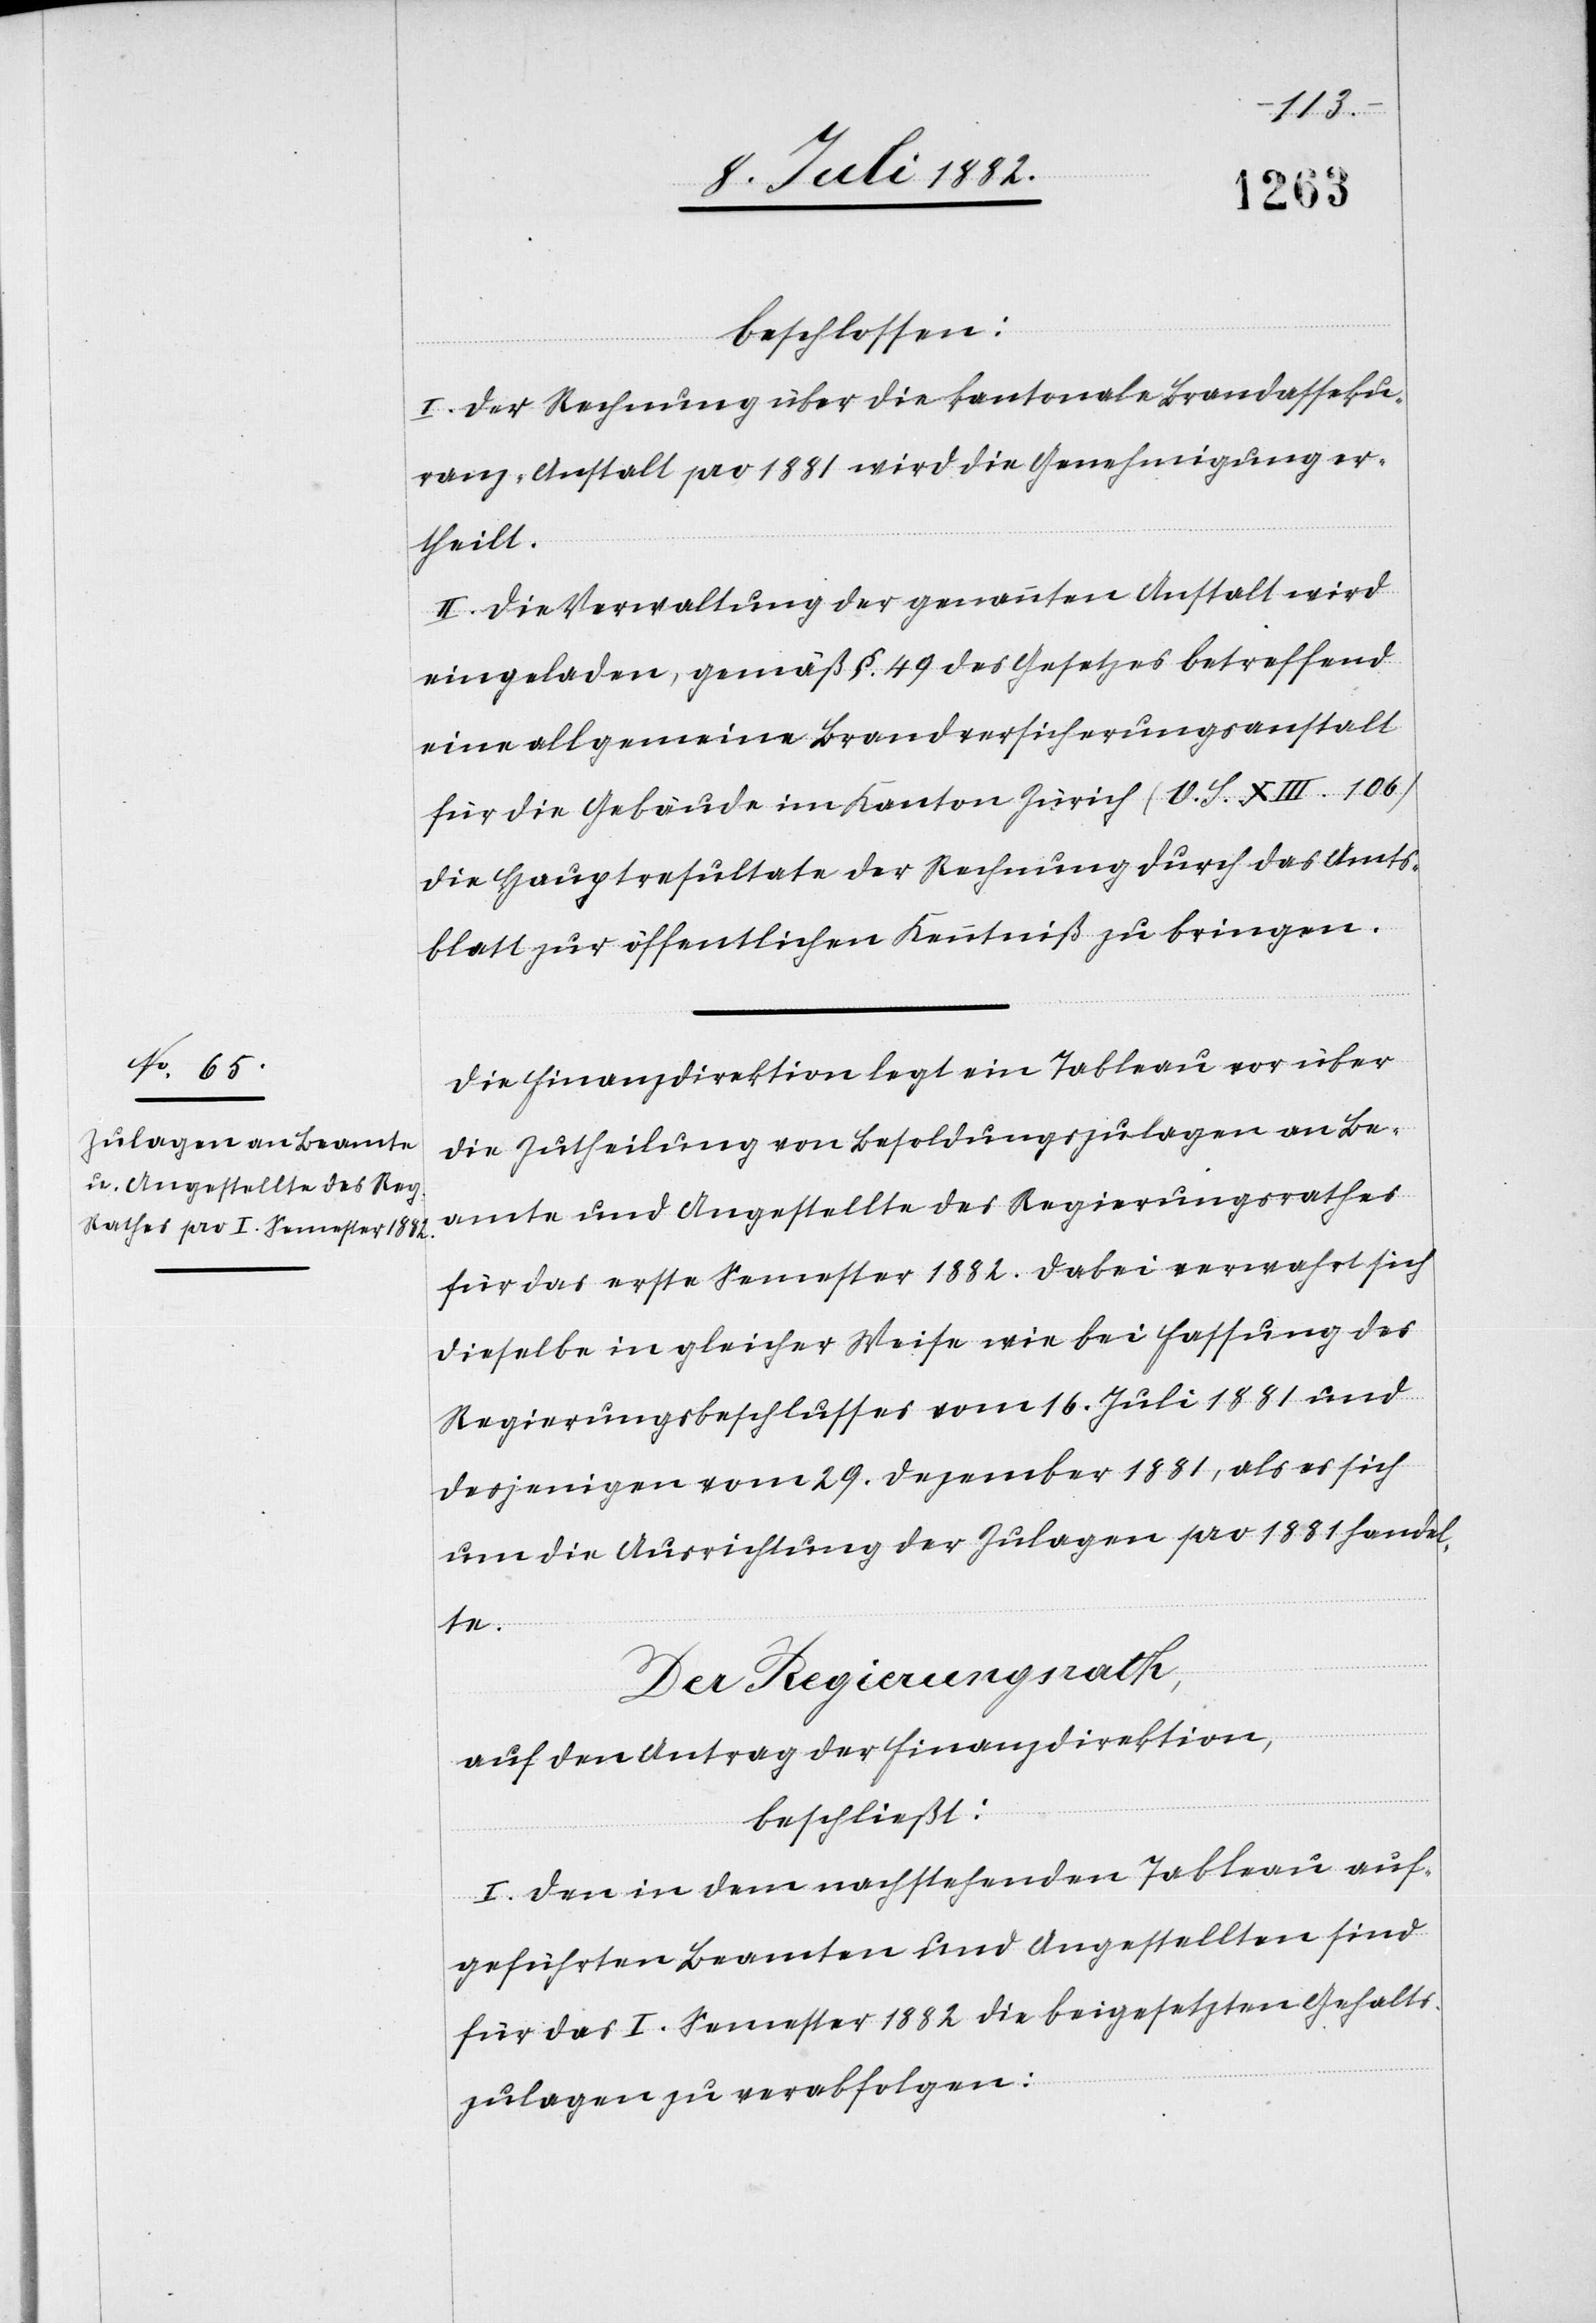
beschlossen:
I. Der Rechnung über die kantonale Brandasseku¬
ranz-Anstalt pro 1881 wird die Genehmigung er¬
theilt.
II. Die Verwaltung der genannten Anstalt wird
eingeladen, gemäß §. 49 des Gesetzes betreffend
eine allgemeine Brandversicherungsanstalt
für die Gebäude im Kanton Zürich (O. S. XIII. 106)
die Hauptresultate der Rechnung durch das Amts¬
blatt zur öffentlichen Kenntniß zu bringen.
Die Finanzdirektion legt ein Tableau vor über
die Zutheilung von Besoldungszulagen an Be¬
amte und Angestellte des Regierungsrathes
für das erste Semester 1882. Dabei verwahrt sich
dieselbe in gleicher Weise wie bei Fassung des
Regierungsbeschlusses vom 16. Juli 1881 und
desjenigen vom 29. Dezember 1881, als es sich
um die Ausrichtung der Zulagen pro 1881 handel¬
te.
Der Regierungsrath,
auf den Antrag der Finanzdirektion,
beschließt:
I. Den in dem nachstehenden Tableau auf¬
geführten Beamten und Angestellten sind
für das I. Semester 1882 die beigesetzten Gehalts¬
zulagen zu verabfolgen: